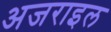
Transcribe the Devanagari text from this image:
अजराइल